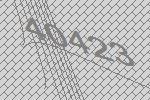
40423